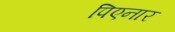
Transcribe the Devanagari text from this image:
पिएनार